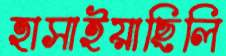
হাসাইয়াছিলি